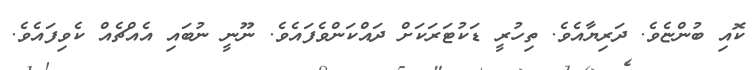
ކޮއި ބުންޏެވެ. ދަރިޔާއެވެ. ތިހުރީ ޑަކުޓަރަކަށް ދައްކަންވެފައެވެ. ނޫނީ ނުބައި އެއްޗެއް ކެވިފައެވެ.